Civil Veterinary Department. United Provinces 1923-31 - 1923-1931
Year: 1923
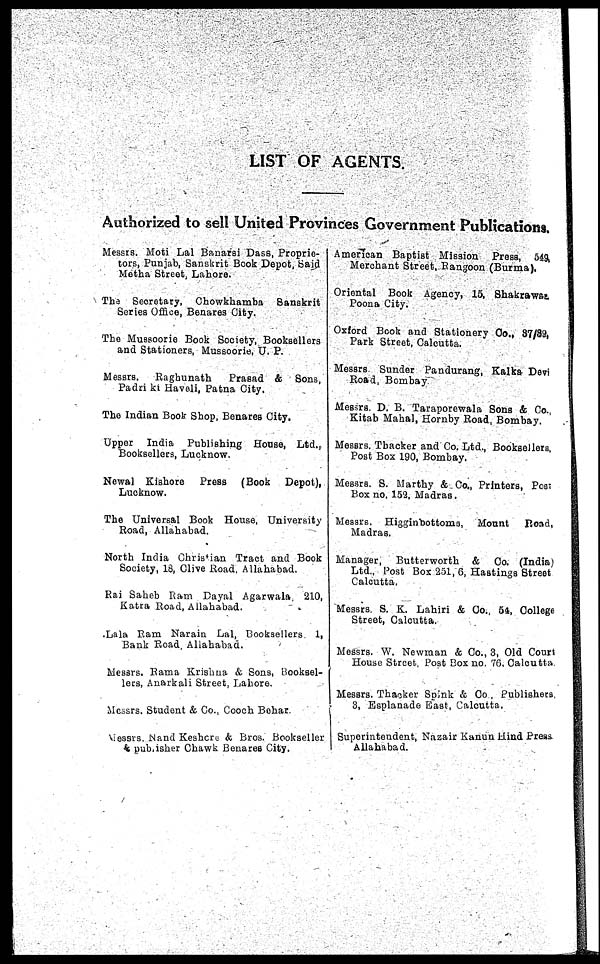
LIST OF AGENTS.
Authorized to sell United Provinces Government Publications.
Messrs. Moti Lal Banarsi Dass, Propria-
tors, Punjab, Sanskrit Book Depot, Said
Motha Street, Lahore.
The Secretary, Chowkhamba
Sanskrit
Series Office, Benares City.
The Mussoorie Book Society, Booksellers
and Stationers, Mussoorie, U. P.
Messrs.
Raghunath
Prasad & Sons,
Padri ki Haveli, Patna City.
The Indian Book Shop, Benares City.
Upper India Publishing House, Ltd.
Booksellers, Lucknow.
Newal Kishore
Press (Book Depot),
Lucknow.
The Universal Book House, University
Road, Allahabad.
North India Christian Tract and Book
Society, 18, Clive Road, Allahabad.
Rai Saheb Ram Dayal Agarwala 210,
Katra Road, Allahabad.
Lala Ram Narain Lal, Booksellers 1,
Bank Road. Allahabad.
Messrs. Rama Krishna & Sons, Booksel-
lers, Anarkali Street, Lahore.
Messrs. Student & Co., Cooch Bohar.
Messrs. Nand Keshore & Bros. Bookseller
& publisher Chawk Benares City.
American Baptist Mission Press, 549,
Merchant Street, Rangoon (Burma).
Oriental Book Agency, 15, Shakrawar
Poona City.
Oxford Book and Stationery Co., 37/89,
Park Street, Calcutta.
Messrs. Sunder Pandurang, Kalka Devi
Road, Bombay
Messrs. D. B. Taraporewala Sons & Co.,
Kitab Mahal, Hornby Road, Bombay.
Messrs. Thacker and Co. Ltd., Booksellers,
Post Box 190, Bombay.
Messrs. S. Marthy & Co., Printers, Post
Box no. 152, Madras.
Messrs. Higginbottoms, Mount
Road,
Madras.
Manager, Butterworth & Co. (India)
Ltd., Post Box 251, 6, Hastings Street
Calcutta,
Messrs. S. K. Lahiri & Co., 54, College
Street, Calcutta.
Messrs. W. Newman & Co., 3, Old Court
House Street, Post Box no. 76, Calcutta
Messrs. Thacker Spink & Co., Publishers,
3. Esplanade East, Calcutta.
Superintendent, Nazair Kanun Hind Press
Allahabad.